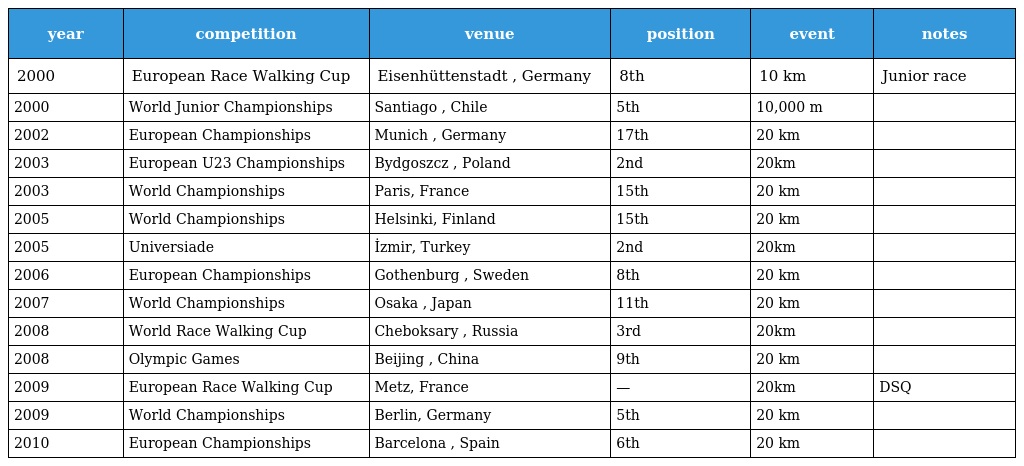
| year | competition | venue | position | event | notes |
 | --- | --- | --- | --- | --- | --- |
 | 2000 | European Race Walking Cup | Eisenhüttenstadt , Germany | 8th | 10 km | Junior race |
 | 2000 | World Junior Championships | Santiago , Chile | 5th | 10,000 m |  |
 | 2002 | European Championships | Munich , Germany | 17th | 20 km |  |
 | 2003 | European U23 Championships | Bydgoszcz , Poland | 2nd | 20km |  |
 | 2003 | World Championships | Paris, France | 15th | 20 km |  |
 | 2005 | World Championships | Helsinki, Finland | 15th | 20 km |  |
 | 2005 | Universiade | İzmir, Turkey | 2nd | 20km |  |
 | 2006 | European Championships | Gothenburg , Sweden | 8th | 20 km |  |
 | 2007 | World Championships | Osaka , Japan | 11th | 20 km |  |
 | 2008 | World Race Walking Cup | Cheboksary , Russia | 3rd | 20km |  |
 | 2008 | Olympic Games | Beijing , China | 9th | 20 km |  |
 | 2009 | European Race Walking Cup | Metz, France | — | 20km | DSQ |
 | 2009 | World Championships | Berlin, Germany | 5th | 20 km |  |
 | 2010 | European Championships | Barcelona , Spain | 6th | 20 km |  |